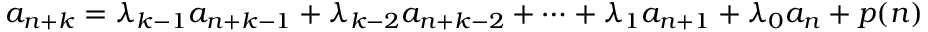
a _ { n + k } = \lambda _ { k - 1 } a _ { n + k - 1 } + \lambda _ { k - 2 } a _ { n + k - 2 } + \cdots + \lambda _ { 1 } a _ { n + 1 } + \lambda _ { 0 } a _ { n } + p ( n )